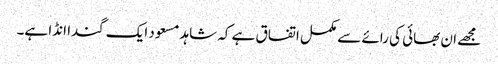
مجھے ان بھائی کی رائے سے مکمل اتفاق ہے کہ شاہد مسعود ایک گندا انڈا ہے۔